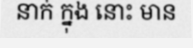
នាក់ ក្នុង នោះ មាន